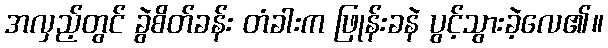
အလှည့်တွင် ခွဲစိတ်ခန်း တံခါးက ဖြုန်းခနဲ ပွင့်သွားခဲ့လေ၏။